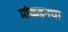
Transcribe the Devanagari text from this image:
मांकडनचा